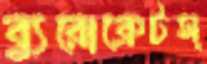
ব্যুরোক্রেটস্